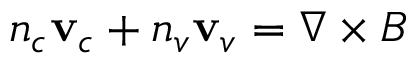
n _ { c } \mathbf { v } _ { c } + n _ { v } \mathbf { v } _ { v } = \nabla \times B